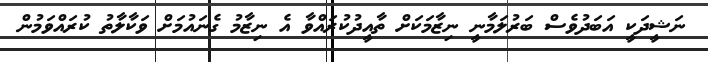
ނަޝީދަކީ އަބަދުވެސް ބަރުލަމާނީ ނިޒާމަކަށް ތާއީދުކުރައްވާ އެ ނިޒާމު ގެނައުމަށް ވަކާލާތު ކުރައްވަމުން